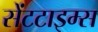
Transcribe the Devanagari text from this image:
सेंटटाइम्स